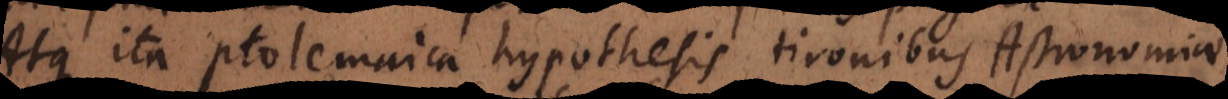
Atque ita Ptolemaica hypothesis tironibus Astronomiae